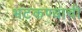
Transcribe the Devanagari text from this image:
भटकण्याची